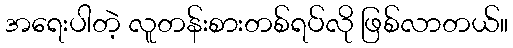
အရေးပါတဲ့ လူတန်းစားတစ်ရပ်လို ဖြစ်လာတယ်။